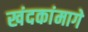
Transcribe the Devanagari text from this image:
खंदकांमागे